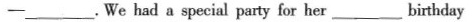
- ___ .We had a special party for her ____ birthday